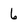
Character: 6